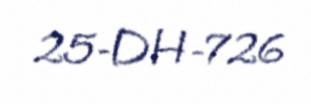
25-DH-726